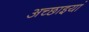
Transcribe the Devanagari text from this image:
अच्छाइयां